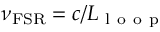
\nu _ { \mathrm { F S R } } = c / L _ { \mathrm { ~ l ~ o ~ o ~ p ~ } }